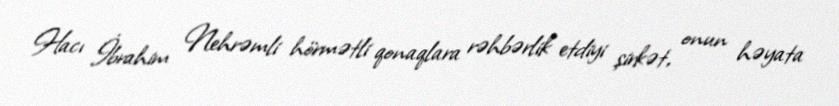
Hacı İbrahim Nehrəmli hörmətli qonaqlara rəhbərlik etdiyi şirkət, onun həyata